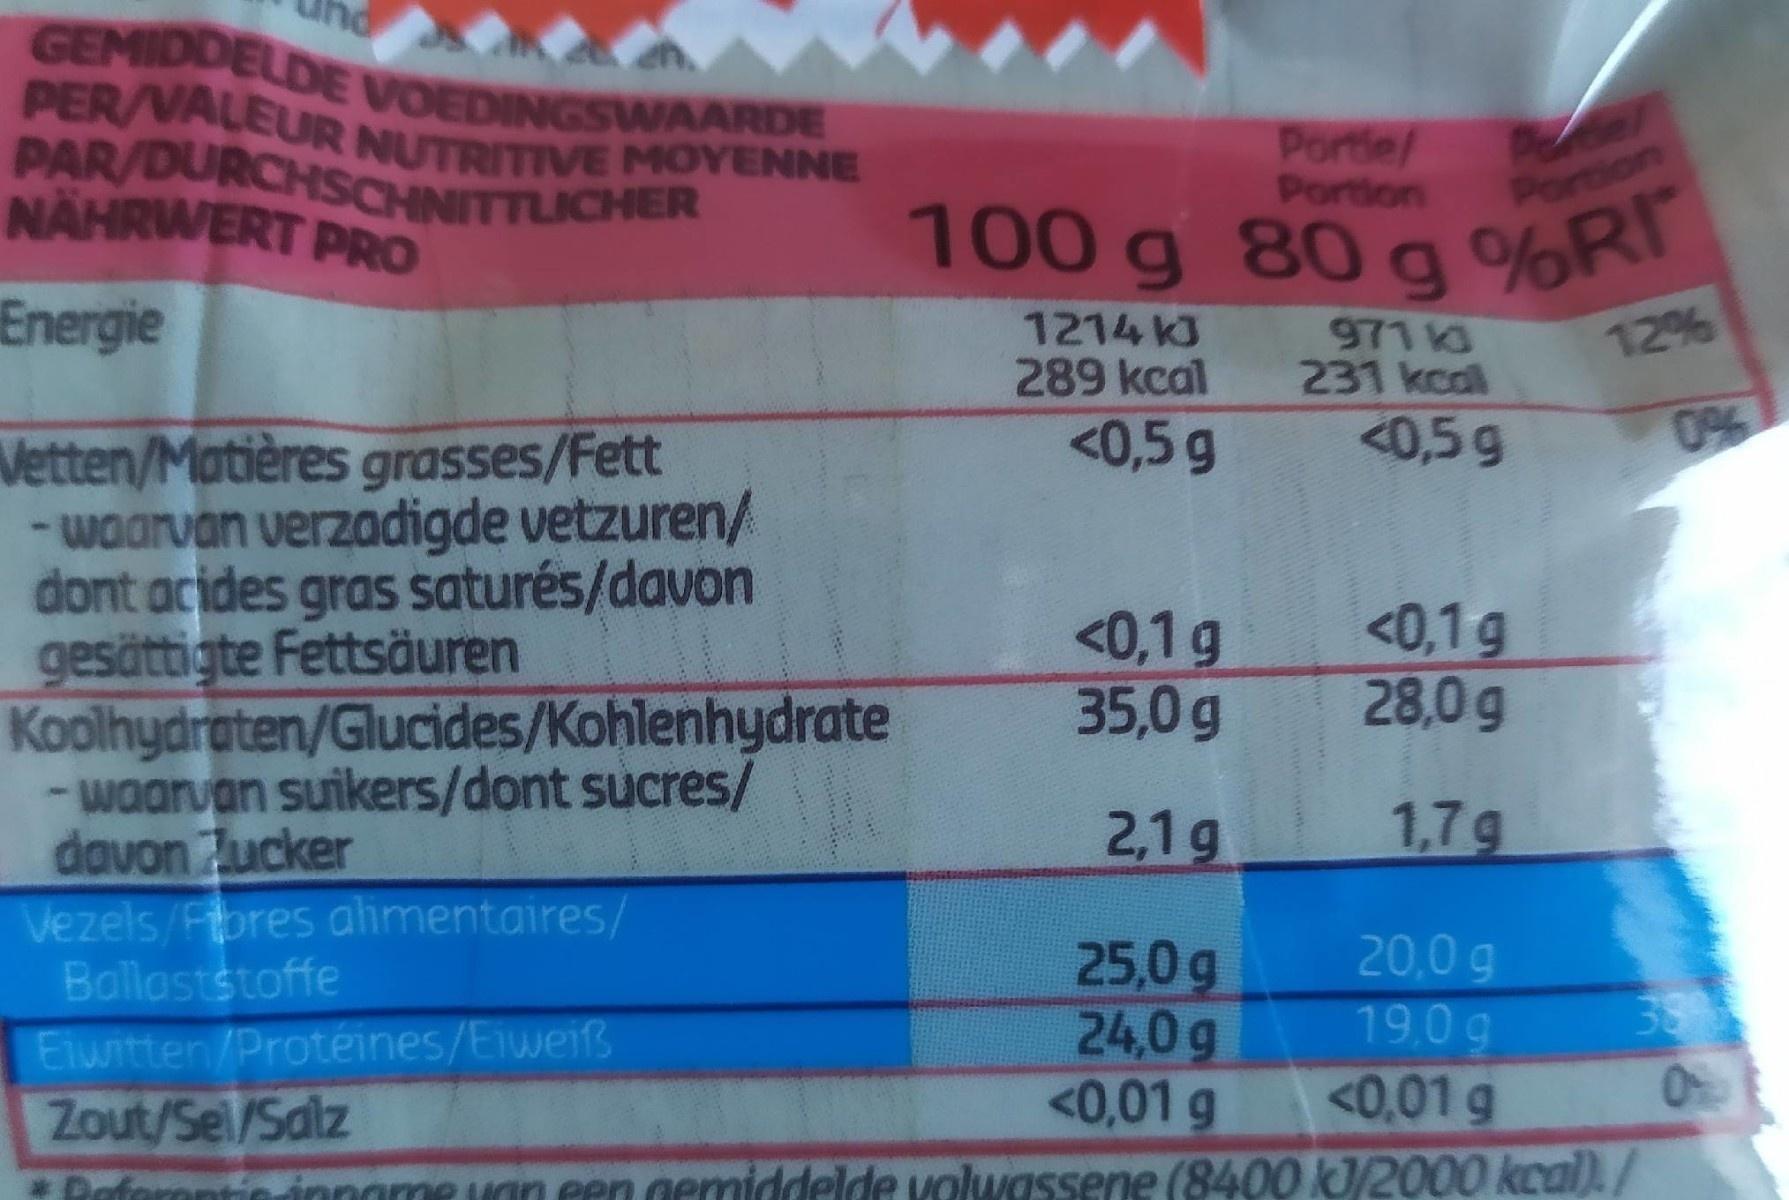
GEMIDDELDE VOEDINGSWAARDE PER/VALEUR NUTRITIVE MOYENNE PAR/DURCHSCHNITTLICHER NÄHRWERT PRO
Portie/ Portion
Portion
100 g 80 g
%RI
Energie
1214 KJ 289 kcal
971 231 kcal <0,5g
12%
<0,5 g
Vetten/Matières grasses/Fett - waarvan verzadigde vetzuren/ dont acides gras saturés/davon gesättigte Fettsäuren Koolhydraten/Glucides/Kohlenhydrate - waarvan suikers/dont sucres/ davon Zucker Vezels/Fores alimentaires/ Ballaststoffe
0%
<0,1g 35,0g
<0,1g 28,0g
2,1g
1,7g
25,0g 24,0g <0,01 g
20,0g 19,0g <0,01 g
38
Eiuntten/Protéines/Eiweiß Zout/Sel/Salz
*Paforontioinname
an een gemiddelde volwassene (8400 kJ/2000 kcal)./